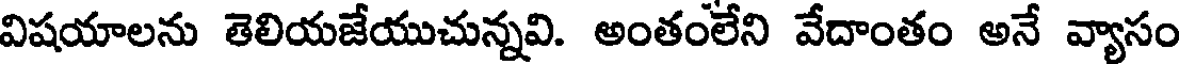
విషయాలను తెలియజేయుచున్నవి. అంతంలేని వేదాంతం అనే వ్యాసం